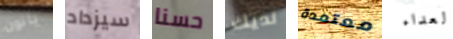
ياتون سيزداد حسنا لديك معتمدة العداء